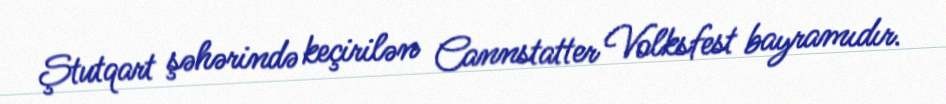
Ştutqart şəhərində keçirilən Cannstatter Volksfest bayramıdır.